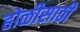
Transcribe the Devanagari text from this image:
होळीसाठी